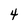
Character: 4